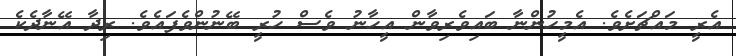
އެރީ މައްޗަށެވެ. އެމީހުންނާ ބައިވެރިވާން އީހާނު ވެސް ހުރީ ބޭނުންވެފައެވެ. ރިދާ އޭނާދެކެ